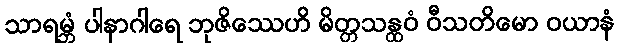
သာရမ္ဘံ ပါနာဂါရေ ဘုဇိဿေဟိ မိတ္တသန္ထဝံ ဝီသတိမော ဝယာနံ